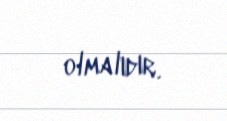
olmalıdır.